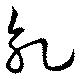
乳